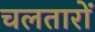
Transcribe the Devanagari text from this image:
चलतारों